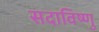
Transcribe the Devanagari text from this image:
सदाविष्णु